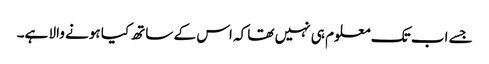
جسے اب تک معلوم ہی نہیں تھا کہ اس کے ساتھ کیا ہونے والا ہے۔